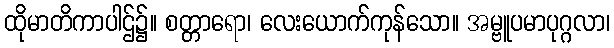
ထိုမာတိကာပါဌ်၌။ စတ္တာရော၊ လေးယောက်ကုန်သော။ အမ္ဗူပမာပုဂ္ဂလာ၊